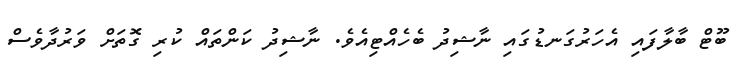
ބޫޓް ބާލާފައި އެހަރުގަނޑުގައި ނާޝިދު ބެހެއްޓިއެވެ. ނާޝިދު ކަންތައް ކުރި ގޮތަށް ވަރުދާވެސް